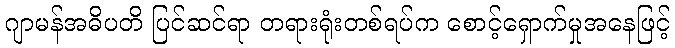
ဂျာမန်အဓိပတိ ပြင်ဆင်ရာ တရားရုံးတစ်ရပ်က စောင့်ရှောက်မှုအနေဖြင့်